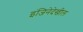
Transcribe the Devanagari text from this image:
इंजिनेदेखील